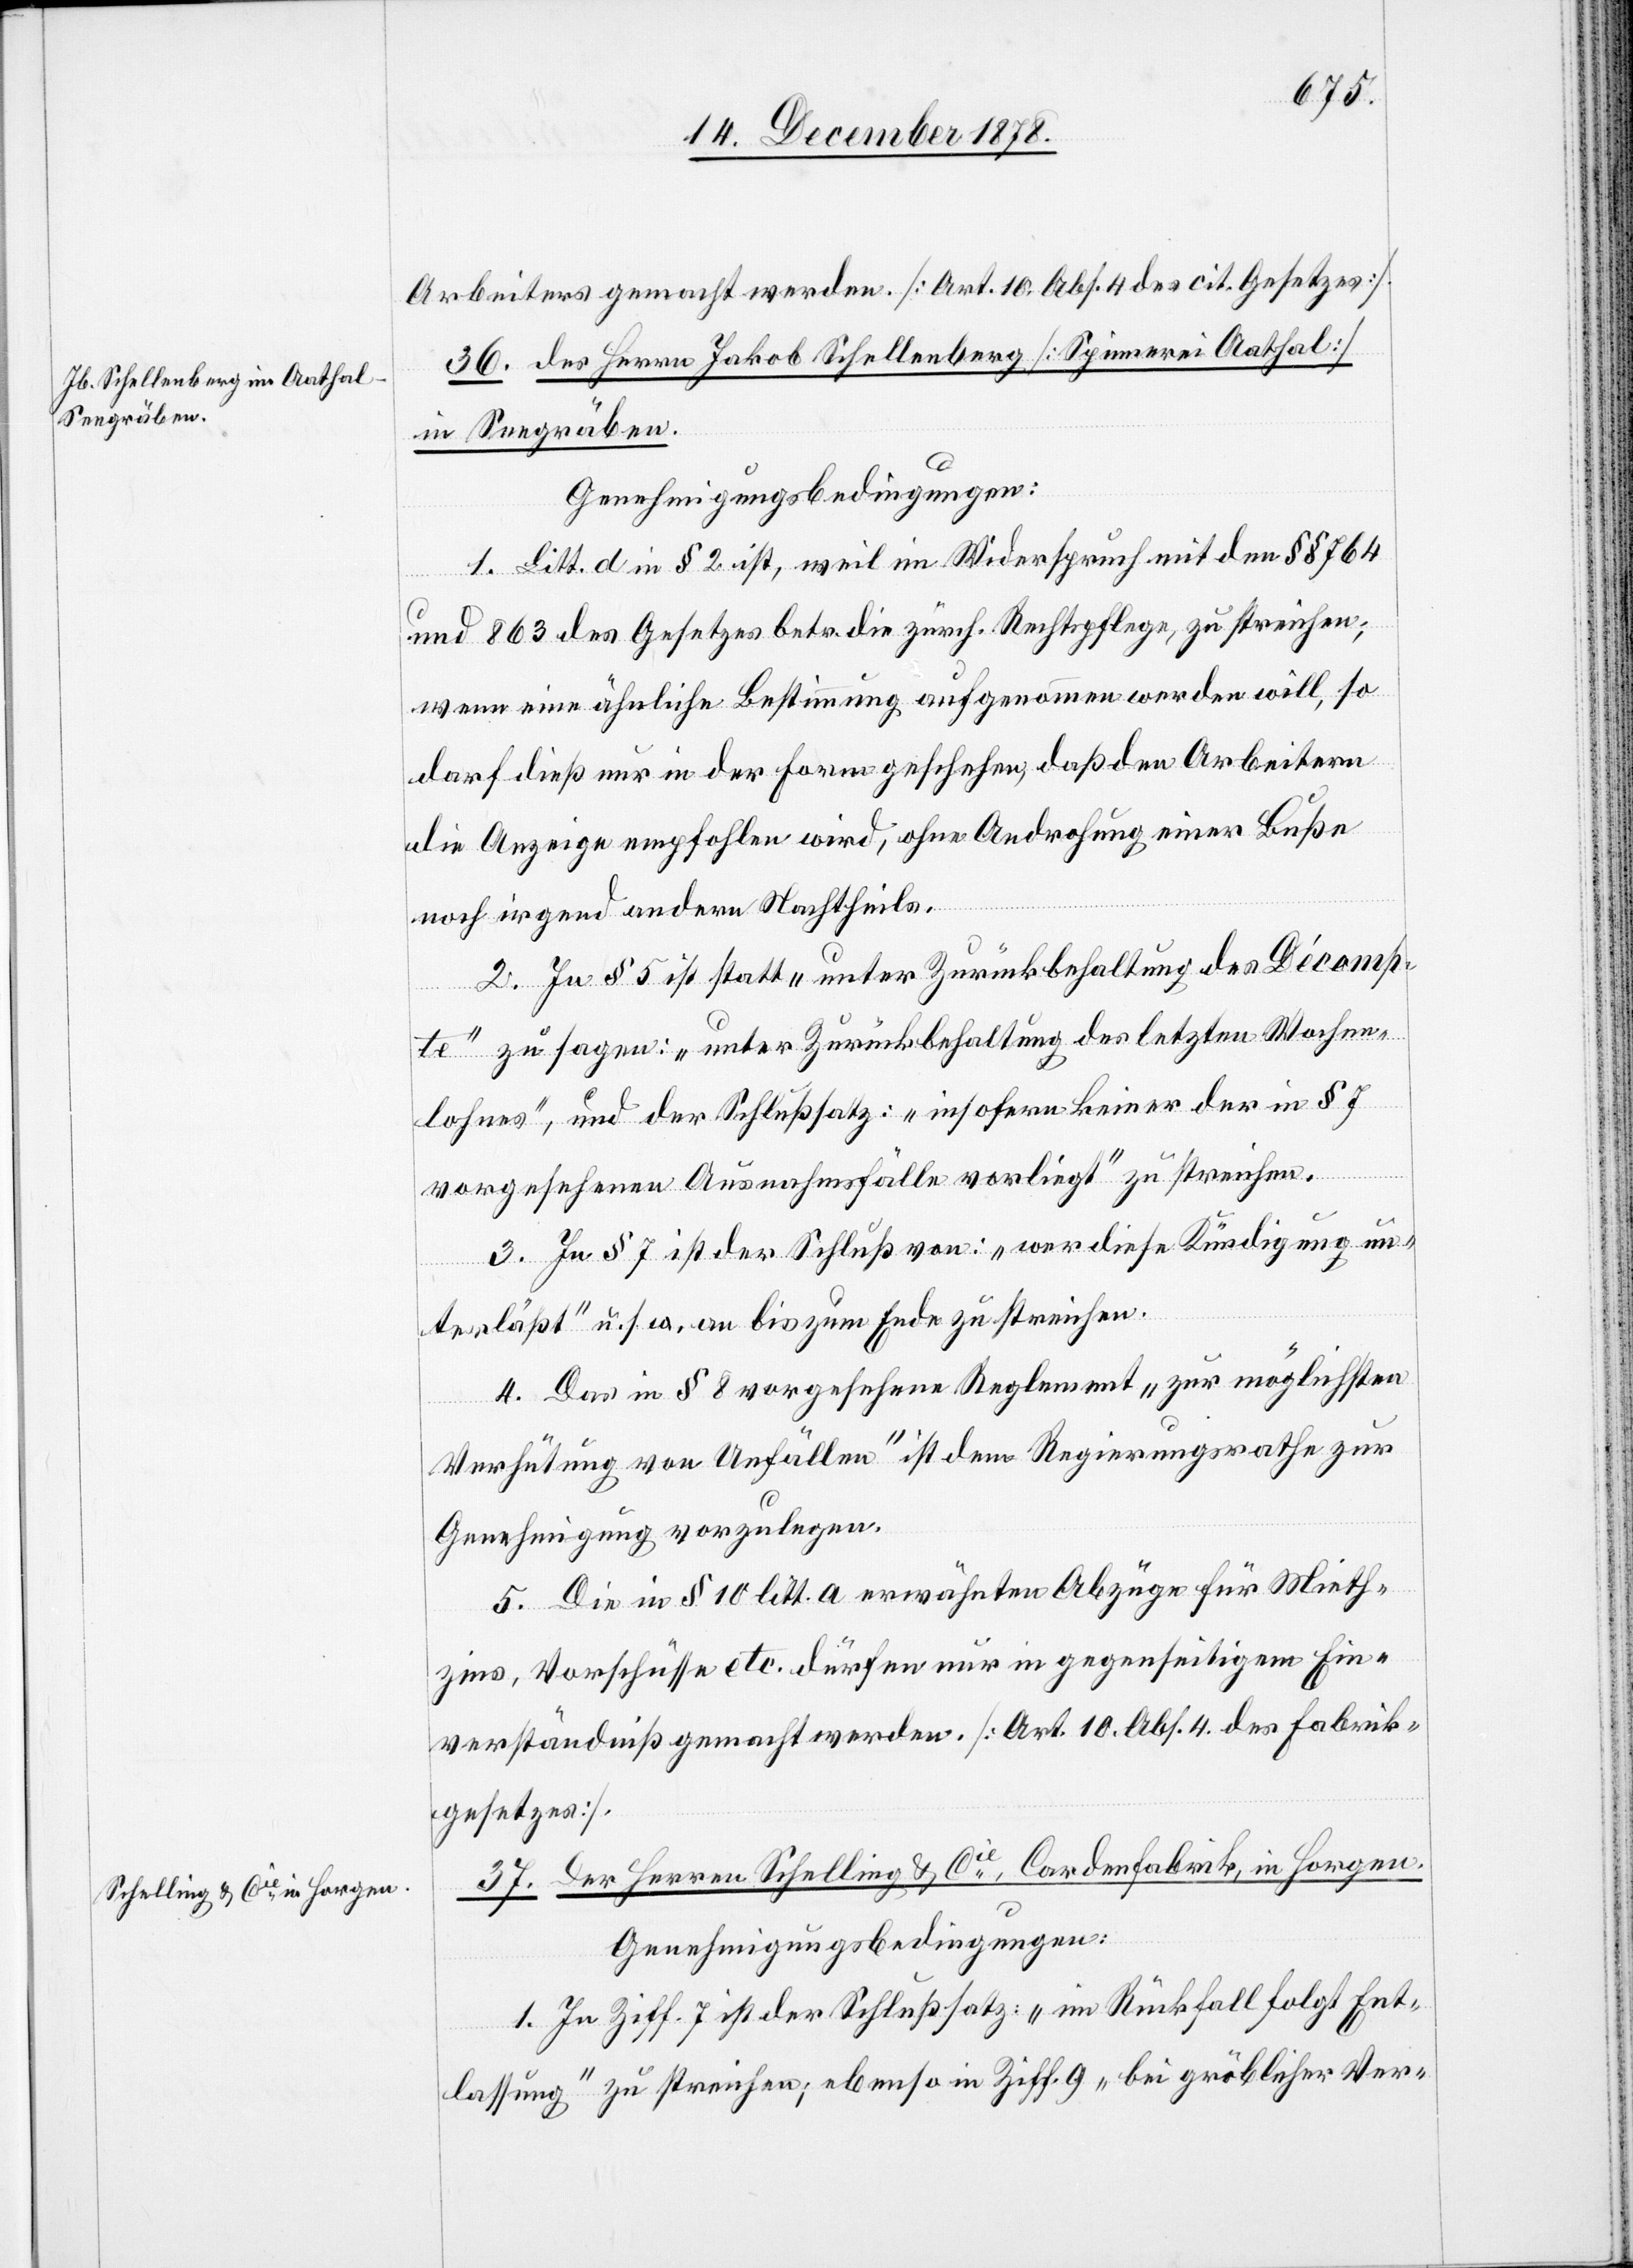
Seegräben.

Arbeiters gemacht werden [Art. 10 Abs. 4 des Gesetzes].
36. des Herren Jakob Schellenberg [Spinnerei Aathal]
Genehmigungsbedingungen:
1. Litt. d in § 2 ist, weil im Widerspruch mit den §§ 764
und 863 des Gesetzes betr. die zürch. Rechtspflege, zu streichen;
wenn eine ähnliche Bestimmung aufgenommen werden will, so
darf dieß nur in der Form geschehen, daß den Arbeitern
die Anzeige empfohlen wird, ohne Androhung einer Buße
noch irgend andern Nachtheils.
2. In § 5 ist statt „unter Zurückbehaltung des Décopm¬
in
te“ zu sagen: „unter Zurückbehaltung des letzten Wochen¬
lohnes“, und der Schlußsatz: „insofern keiner der in § 7
vorgesehenen Ausnahmefälle vorliegt“ zu streichen.
3. In § 7 ist der Schluß von: „wer diese Kündigung un¬
terlässt“ u. s. w. an bis zum Ende zu streichen.
4. Das in § 8 vorgesehene Reglement „zur möglichsten
Verhütung von Unfällen“ ist dem Regierungsrathe zur
Genehmigung vorzulegen.
5. Die in § 10 litt. a erwähnten Abzüge für Mieth¬
zins, Vorschüsse etc. dürfen nur im gegenseitigen Ein¬
verständniß gemacht werden. [Art. 10 Abs. 4 des Fabrik¬
gesetzes].
37. Der Herren Schelling & Cie, Cordenfabrik, in Horgen.
1. In Ziff. 7 ist der Schlußsatz: „im Rückfall folgt Ent¬
lassung“ zu streichen; ebenso in Ziff. 9 „bei gröblicher Ver-